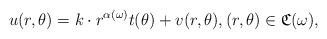
LaTeX: \begin{align*}u(r,\theta)=k \cdot r^{\alpha(\omega)} t(\theta) + v(r,\theta), (r,\theta)\in\mathfrak{C}(\omega),\end{align*}